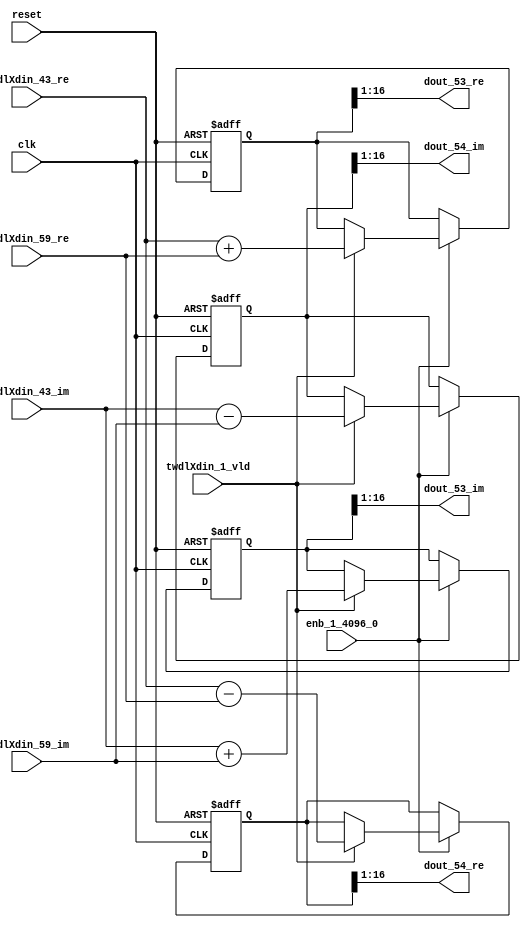
// -------------------------------------------------------------
// 
// 
// Generated by MATLAB 9.14 and HDL Coder 4.1
// 
// -------------------------------------------------------------


// -------------------------------------------------------------
// 
// Module: RADIX22FFT_SDNF1_3_block25
// Source Path: dsphdl.IFFT/RADIX22FFT_SDNF1_3
// Hierarchy Level: 4
// 
// -------------------------------------------------------------

`timescale 1 ns / 1 ns

module RADIX22FFT_SDNF1_3_block25
          (clk,
           reset,
           enb_1_4096_0,
           twdlXdin_43_re,
           twdlXdin_43_im,
           twdlXdin_59_re,
           twdlXdin_59_im,
           twdlXdin_1_vld,
           dout_53_re,
           dout_53_im,
           dout_54_re,
           dout_54_im);


  input   clk;
  input   reset;
  input   enb_1_4096_0;
  input   signed [15:0] twdlXdin_43_re;  // sfix16_En14
  input   signed [15:0] twdlXdin_43_im;  // sfix16_En14
  input   signed [15:0] twdlXdin_59_re;  // sfix16_En14
  input   signed [15:0] twdlXdin_59_im;  // sfix16_En14
  input   twdlXdin_1_vld;
  output  signed [15:0] dout_53_re;  // sfix16_En14
  output  signed [15:0] dout_53_im;  // sfix16_En14
  output  signed [15:0] dout_54_re;  // sfix16_En14
  output  signed [15:0] dout_54_im;  // sfix16_En14


  reg signed [16:0] Radix22ButterflyG1_NF_btf1_re_reg;  // sfix17
  reg signed [16:0] Radix22ButterflyG1_NF_btf1_im_reg;  // sfix17
  reg signed [16:0] Radix22ButterflyG1_NF_btf2_re_reg;  // sfix17
  reg signed [16:0] Radix22ButterflyG1_NF_btf2_im_reg;  // sfix17
  reg  Radix22ButterflyG1_NF_dinXtwdl_vld_dly1;
  reg signed [16:0] Radix22ButterflyG1_NF_btf1_re_reg_next;  // sfix17_En14
  reg signed [16:0] Radix22ButterflyG1_NF_btf1_im_reg_next;  // sfix17_En14
  reg signed [16:0] Radix22ButterflyG1_NF_btf2_re_reg_next;  // sfix17_En14
  reg signed [16:0] Radix22ButterflyG1_NF_btf2_im_reg_next;  // sfix17_En14
  reg  Radix22ButterflyG1_NF_dinXtwdl_vld_dly1_next;
  reg signed [15:0] dout_53_re_1;  // sfix16_En14
  reg signed [15:0] dout_53_im_1;  // sfix16_En14
  reg signed [15:0] dout_54_re_1;  // sfix16_En14
  reg signed [15:0] dout_54_im_1;  // sfix16_En14
  reg  dout_53_vld;
  reg signed [16:0] Radix22ButterflyG1_NF_add_cast;  // sfix17_En14
  reg signed [16:0] Radix22ButterflyG1_NF_add_cast_0;  // sfix17_En14
  reg signed [16:0] Radix22ButterflyG1_NF_sra_temp;  // sfix17_En14
  reg signed [16:0] Radix22ButterflyG1_NF_sub_cast;  // sfix17_En14
  reg signed [16:0] Radix22ButterflyG1_NF_sub_cast_0;  // sfix17_En14
  reg signed [16:0] Radix22ButterflyG1_NF_sra_temp_0;  // sfix17_En14
  reg signed [16:0] Radix22ButterflyG1_NF_add_cast_1;  // sfix17_En14
  reg signed [16:0] Radix22ButterflyG1_NF_add_cast_2;  // sfix17_En14
  reg signed [16:0] Radix22ButterflyG1_NF_sra_temp_1;  // sfix17_En14
  reg signed [16:0] Radix22ButterflyG1_NF_sub_cast_1;  // sfix17_En14
  reg signed [16:0] Radix22ButterflyG1_NF_sub_cast_2;  // sfix17_En14
  reg signed [16:0] Radix22ButterflyG1_NF_sra_temp_2;  // sfix17_En14


  // Radix22ButterflyG1_NF
  always @(posedge clk or posedge reset)
    begin : Radix22ButterflyG1_NF_process
      if (reset == 1'b1) begin
        Radix22ButterflyG1_NF_btf1_re_reg <= 17'sb00000000000000000;
        Radix22ButterflyG1_NF_btf1_im_reg <= 17'sb00000000000000000;
        Radix22ButterflyG1_NF_btf2_re_reg <= 17'sb00000000000000000;
        Radix22ButterflyG1_NF_btf2_im_reg <= 17'sb00000000000000000;
        Radix22ButterflyG1_NF_dinXtwdl_vld_dly1 <= 1'b0;
      end
      else begin
        if (enb_1_4096_0) begin
          Radix22ButterflyG1_NF_btf1_re_reg <= Radix22ButterflyG1_NF_btf1_re_reg_next;
          Radix22ButterflyG1_NF_btf1_im_reg <= Radix22ButterflyG1_NF_btf1_im_reg_next;
          Radix22ButterflyG1_NF_btf2_re_reg <= Radix22ButterflyG1_NF_btf2_re_reg_next;
          Radix22ButterflyG1_NF_btf2_im_reg <= Radix22ButterflyG1_NF_btf2_im_reg_next;
          Radix22ButterflyG1_NF_dinXtwdl_vld_dly1 <= Radix22ButterflyG1_NF_dinXtwdl_vld_dly1_next;
        end
      end
    end

  always @(Radix22ButterflyG1_NF_btf1_im_reg, Radix22ButterflyG1_NF_btf1_re_reg,
       Radix22ButterflyG1_NF_btf2_im_reg, Radix22ButterflyG1_NF_btf2_re_reg,
       Radix22ButterflyG1_NF_dinXtwdl_vld_dly1, twdlXdin_1_vld, twdlXdin_43_im,
       twdlXdin_43_re, twdlXdin_59_im, twdlXdin_59_re) begin
    Radix22ButterflyG1_NF_add_cast = 17'sb00000000000000000;
    Radix22ButterflyG1_NF_add_cast_0 = 17'sb00000000000000000;
    Radix22ButterflyG1_NF_sub_cast = 17'sb00000000000000000;
    Radix22ButterflyG1_NF_sub_cast_0 = 17'sb00000000000000000;
    Radix22ButterflyG1_NF_add_cast_1 = 17'sb00000000000000000;
    Radix22ButterflyG1_NF_add_cast_2 = 17'sb00000000000000000;
    Radix22ButterflyG1_NF_sub_cast_1 = 17'sb00000000000000000;
    Radix22ButterflyG1_NF_sub_cast_2 = 17'sb00000000000000000;
    Radix22ButterflyG1_NF_btf1_re_reg_next = Radix22ButterflyG1_NF_btf1_re_reg;
    Radix22ButterflyG1_NF_btf1_im_reg_next = Radix22ButterflyG1_NF_btf1_im_reg;
    Radix22ButterflyG1_NF_btf2_re_reg_next = Radix22ButterflyG1_NF_btf2_re_reg;
    Radix22ButterflyG1_NF_btf2_im_reg_next = Radix22ButterflyG1_NF_btf2_im_reg;
    Radix22ButterflyG1_NF_dinXtwdl_vld_dly1_next = twdlXdin_1_vld;
    if (twdlXdin_1_vld) begin
      Radix22ButterflyG1_NF_add_cast = {twdlXdin_43_re[15], twdlXdin_43_re};
      Radix22ButterflyG1_NF_add_cast_0 = {twdlXdin_59_re[15], twdlXdin_59_re};
      Radix22ButterflyG1_NF_btf1_re_reg_next = Radix22ButterflyG1_NF_add_cast + Radix22ButterflyG1_NF_add_cast_0;
      Radix22ButterflyG1_NF_sub_cast = {twdlXdin_43_re[15], twdlXdin_43_re};
      Radix22ButterflyG1_NF_sub_cast_0 = {twdlXdin_59_re[15], twdlXdin_59_re};
      Radix22ButterflyG1_NF_btf2_re_reg_next = Radix22ButterflyG1_NF_sub_cast - Radix22ButterflyG1_NF_sub_cast_0;
      Radix22ButterflyG1_NF_add_cast_1 = {twdlXdin_43_im[15], twdlXdin_43_im};
      Radix22ButterflyG1_NF_add_cast_2 = {twdlXdin_59_im[15], twdlXdin_59_im};
      Radix22ButterflyG1_NF_btf1_im_reg_next = Radix22ButterflyG1_NF_add_cast_1 + Radix22ButterflyG1_NF_add_cast_2;
      Radix22ButterflyG1_NF_sub_cast_1 = {twdlXdin_43_im[15], twdlXdin_43_im};
      Radix22ButterflyG1_NF_sub_cast_2 = {twdlXdin_59_im[15], twdlXdin_59_im};
      Radix22ButterflyG1_NF_btf2_im_reg_next = Radix22ButterflyG1_NF_sub_cast_1 - Radix22ButterflyG1_NF_sub_cast_2;
    end
    Radix22ButterflyG1_NF_sra_temp = Radix22ButterflyG1_NF_btf1_re_reg >>> 8'd1;
    dout_53_re_1 = Radix22ButterflyG1_NF_sra_temp[15:0];
    Radix22ButterflyG1_NF_sra_temp_0 = Radix22ButterflyG1_NF_btf1_im_reg >>> 8'd1;
    dout_53_im_1 = Radix22ButterflyG1_NF_sra_temp_0[15:0];
    Radix22ButterflyG1_NF_sra_temp_1 = Radix22ButterflyG1_NF_btf2_re_reg >>> 8'd1;
    dout_54_re_1 = Radix22ButterflyG1_NF_sra_temp_1[15:0];
    Radix22ButterflyG1_NF_sra_temp_2 = Radix22ButterflyG1_NF_btf2_im_reg >>> 8'd1;
    dout_54_im_1 = Radix22ButterflyG1_NF_sra_temp_2[15:0];
    dout_53_vld = Radix22ButterflyG1_NF_dinXtwdl_vld_dly1;
  end



  assign dout_53_re = dout_53_re_1;

  assign dout_53_im = dout_53_im_1;

  assign dout_54_re = dout_54_re_1;

  assign dout_54_im = dout_54_im_1;

endmodule  // RADIX22FFT_SDNF1_3_block25